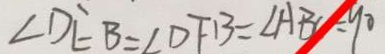
\angle D E B = \angle D F B = \angle A B C = 9 0